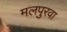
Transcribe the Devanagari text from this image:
मलपुरवा